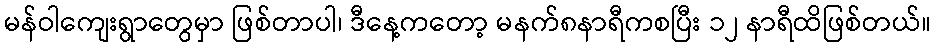
မန်ဝါကျေးရွာတွေမှာ ဖြစ်တာပါ၊ ဒီနေ့ကတော့ မနက်၈နာရီကစပြီး ၁၂ နာရီထိဖြစ်တယ်။